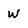
Character: w